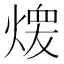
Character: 𱫶